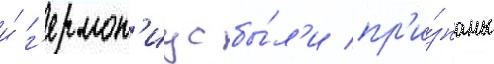
и́ г'ермон'иус бы́л'и пр'и́знаны